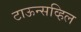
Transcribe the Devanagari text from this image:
टाऊन्सव्हिल